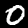
Digit: 0